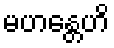
မဟန္တေဟိ